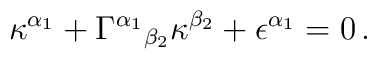
\kappa^{\alpha_1} + \Gamma^{\alpha_1}{}_{\beta_2}\kappa^{\beta_2}+ \epsilon^{\alpha_1} =  0\, .